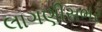
લાગણીસભર